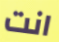
انت